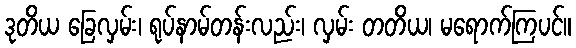
ဒုတိယ ခြေလှမ်း၊ ရုပ်နာမ်တန်းလည်း၊ လှမ်း တတိယ၊ မရောက်ကြပင်။